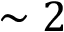
\sim 2